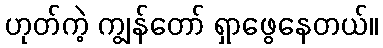
ဟုတ်ကဲ့ ကျွန်တော် ရှာဖွေနေတယ်။